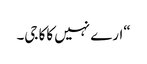
“ارے نہیں کاکا جی۔